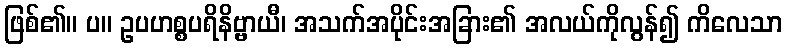
ဖြစ်၏။ ပ။ ဥပဟစ္စပရိနိဗ္ဗာယီ၊ အသက်အပိုင်းအခြား၏ အလယ်ကိုလွန်၍ ကိလေသာ